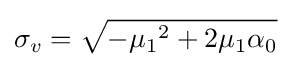
\sigma _{v}={\sqrt {{-\mu _{1}}^{2}+2\mu _{1}\alpha _{0}}}